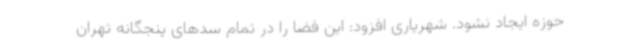
حوزه ایجاد نشود. شهریاری افزود: این فضا را در تمام سدهای پنجگانه تهران